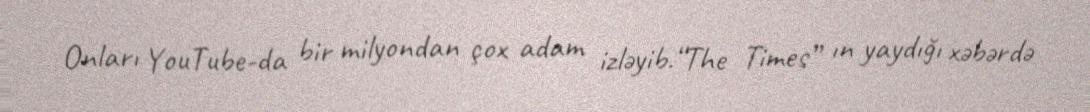
Onları YouTube-da bir milyondan çox adam izləyib.“The Times” ın yaydığı xəbərdə